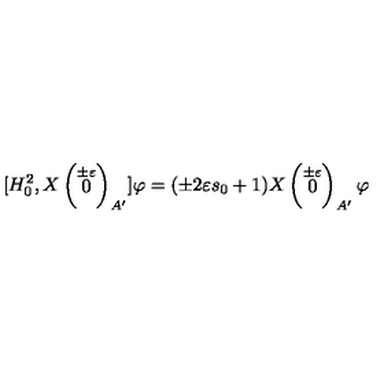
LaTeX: [ H _ { 0 } ^ { 2 } , X \left( \stackrel { \pm \varepsilon } { 0 } \right) _ { A ^ { \prime } } ] \varphi = ( \pm 2 \varepsilon s _ { 0 } + 1 ) X \left( \stackrel { \pm \varepsilon } { 0 } \right) _ { A ^ { \prime } } \varphi